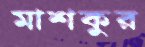
মাশকুর